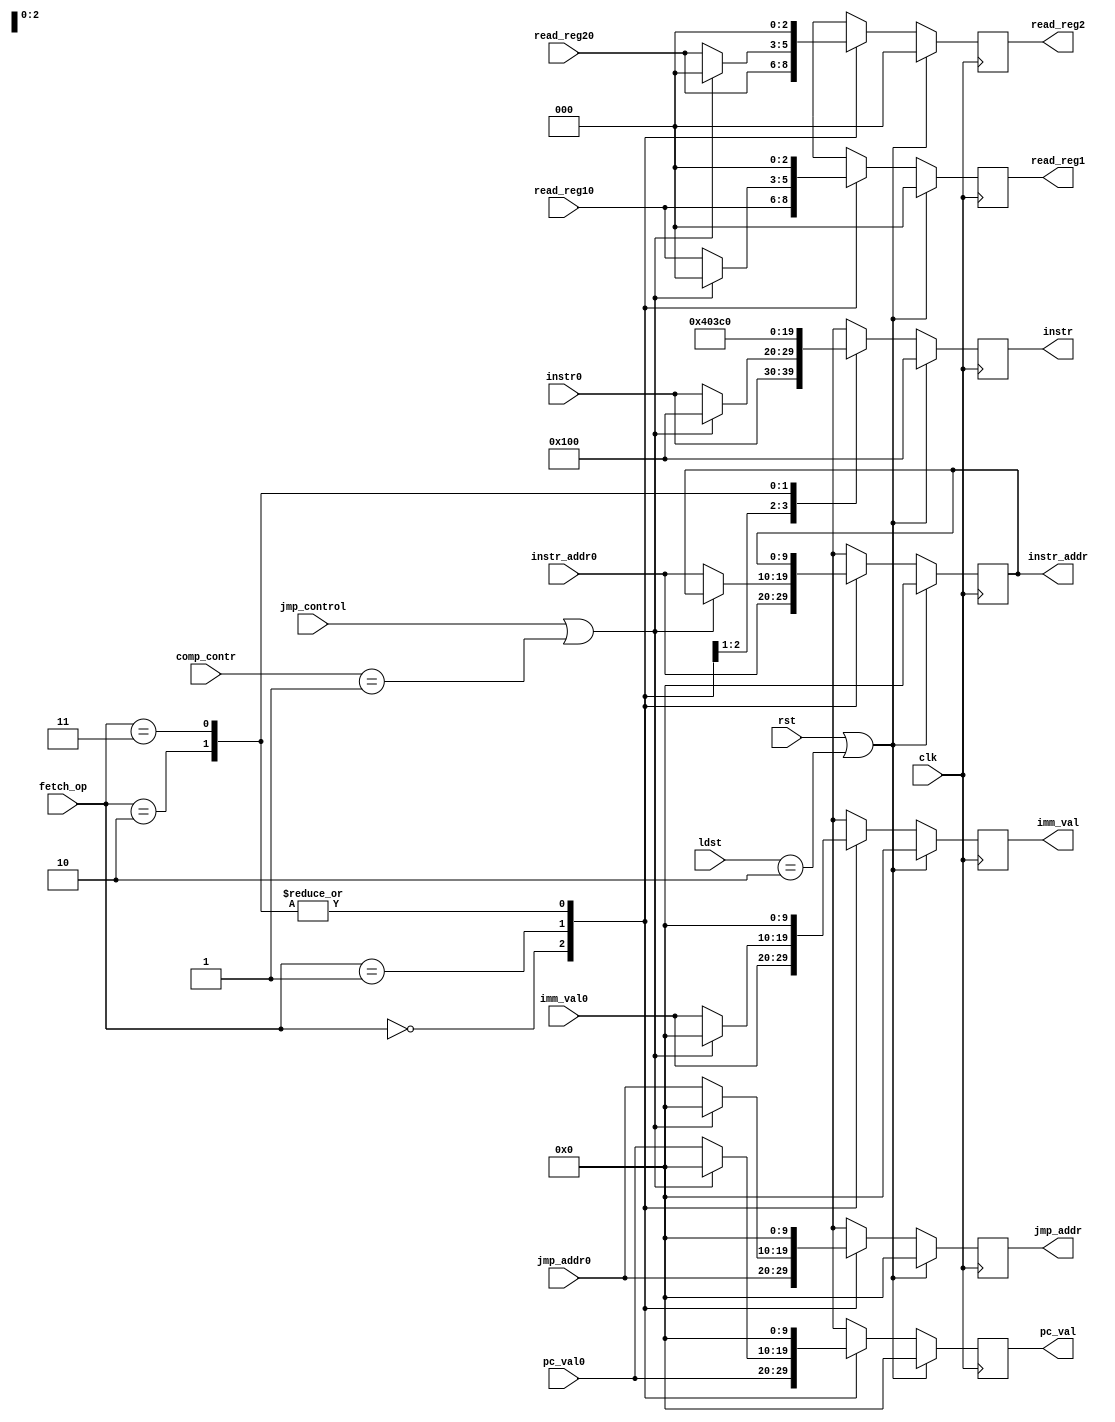
`timescale 1ns / 1ps
//////////////////////////////////////////////////////////////////////////////////
// Company: 
// Engineer: 
// 
// Design Name: 
// Module Name: WtoF
// Project Name: 
// Target Devices: 
// Tool Versions: 
// Description: 
// 
// Dependencies: 
// 
// Revision:
// Revision 0.01 - File Created
// Additional Comments:
// 
//////////////////////////////////////////////////////////////////////////////////


module FtoD(
        input clk,
        input rst,
        input [9:0] comp_contr,
        input jmp_control,
        input [1:0] ldst,
        input [1:0] fetch_op,
        input [9:0] instr_addr0,
        input [9:0] imm_val0,
        input [9:0] instr0,
        input [9:0] jmp_addr0,
        input [2:0] read_reg10,
        input [2:0] read_reg20,
        input [9:0] pc_val0,
        output reg [9:0] instr_addr,
        output reg [9:0] imm_val,
        output reg [9:0] instr,
        output reg [9:0] jmp_addr,
        output reg [2:0] read_reg1,
        output reg [2:0] read_reg2,
        output reg [9:0] pc_val
    );
    
    always@(posedge clk) begin
    if (rst == 1 || ldst == 2'b10)begin
            imm_val = 0;
            instr = 10'b0100000000;;  
            jmp_addr = 0;
            read_reg1 = 0;
            read_reg2 = 0;
            pc_val = 0;
            instr_addr = 0;
    end
    else begin
        case (fetch_op)
            2'b00: begin
                instr_addr = instr_addr0;
                imm_val = imm_val0;
                instr = instr0;
                jmp_addr = jmp_addr0;
                read_reg1 = read_reg10;
                read_reg2 = read_reg20;
                pc_val = pc_val0;
            end
            2'b01: begin
                if(jmp_control == 1 || comp_contr == 1) begin
                    imm_val = 0;
                    instr = 10'b0100000000;
                    jmp_addr = 0;
                    read_reg1 = 0;
                    read_reg2 = 0;
                    pc_val = 0;
                end
                else begin
                    instr_addr = instr_addr0;
                    imm_val = imm_val0;
                    instr = instr0;
                    jmp_addr = jmp_addr0;
                    read_reg1 = read_reg10;
                    read_reg2 = read_reg20;
                    pc_val = pc_val0;
                end
            end
            2'b10: begin
                imm_val = 0;
                instr = 10'b0100000000;;
                jmp_addr = 0;
                read_reg1 = 0;
                read_reg2 = 0;
                pc_val = 0;           
            end
            2'b11: begin
                imm_val = 0;
                instr = 10'b1111000000;
                jmp_addr = 0;
                read_reg1 = 0;
                read_reg2 = 0;
                pc_val = 0;            
            end
        endcase
    end    
    end
        
    
endmodule